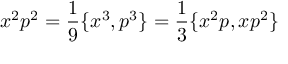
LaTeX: x ^ { 2 } p ^ { 2 } = { \frac { 1 } { 9 } } \{ x ^ { 3 } , p ^ { 3 } \} = { \frac { 1 } { 3 } } \{ x ^ { 2 } p , x p ^ { 2 } \}